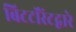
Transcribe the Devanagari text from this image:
बिटटॉरेंटद्वारे